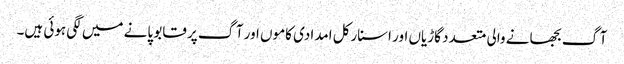
آگ بجھانے والی متعدد گاڑیاں اور اسنارکل امدادی کاموں اور آگ پر قابو پانے میں لگی ہوئی ہیں۔